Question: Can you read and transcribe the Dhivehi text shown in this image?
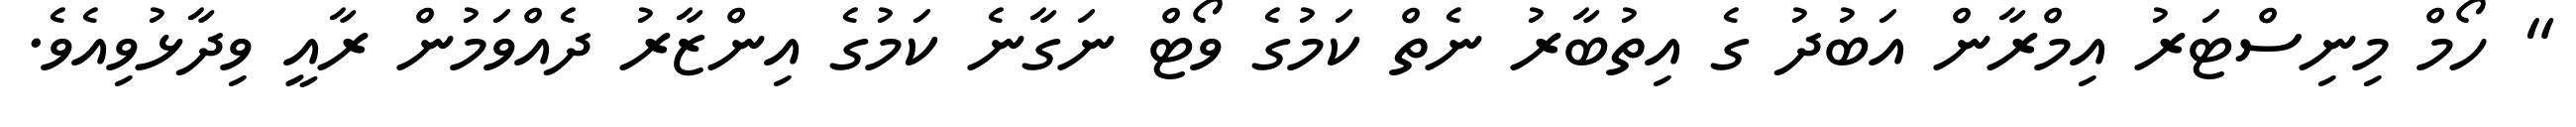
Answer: " ހޯމް މިނިސްޓަރު އިމްރާން އަބުދު ގެ އިތުބާރު ނެތް ކަމުގެ ވޯޓް ނަގާނެ ކަމުގެ އިންޒާރު ދެއްވަމުން ރާއީ ވިދާޅުވިއެވެ.